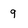
Character: 9